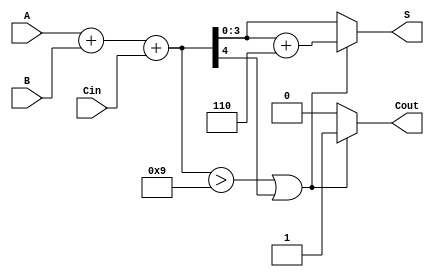
module BCD_Fast_Adder (
    input [3:0] A,      // First BCD digit
    input [3:0] B,      // Second BCD digit
    input Cin,          // Carry-in
    output reg [3:0] S, // BCD sum output
    output reg Cout     // Carry-out
);

    wire [4:0] sum;     // 5-bit sum to accommodate carry
    wire correction;     // Correction flag

    // Step 1: Binary addition of A, B and Cin
    assign sum = A + B + Cin;

    // Step 2: Check for BCD correction
    // Correction needed if sum > 9 or if there is a carry-out
    assign correction = (sum > 9) || (sum[4]);

    // Step 3: Generate the BCD output
    always @(*) begin
        if (correction) begin
            S = sum + 5'b00110; // Add 6 for correction
            Cout = 1;           // Set carry-out
        end else begin
            S = sum[3:0];       // No correction needed
            Cout = 0;           // No carry-out
        end
    end

endmodule